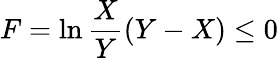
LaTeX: F=\ln\frac{X}{Y}(Y-X)\leq 0